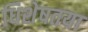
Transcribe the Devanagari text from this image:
धिशेषतया